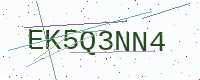
Text: EK5Q3NN4